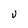
Character: U